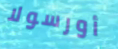
أورسولا